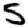
Digit: 5